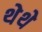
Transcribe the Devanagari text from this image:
थेथे